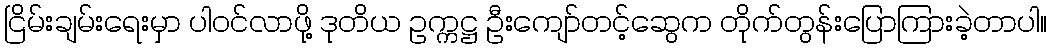
ငြိမ်းချမ်းရေးမှာ ပါဝင်လာဖို့ ဒုတိယ ဥက္ကဋ္ဌ ဦးကျော်တင့်ဆွေက တိုက်တွန်းပြောကြားခဲ့တာပါ။